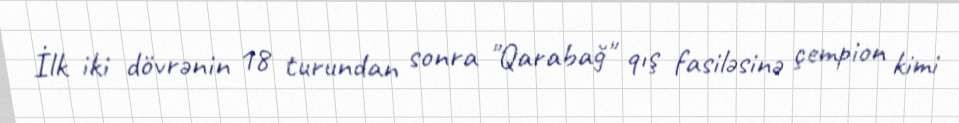
İlk iki dövrənin 18 turundan sonra "Qarabağ" qış fasiləsinə çempion kimi